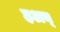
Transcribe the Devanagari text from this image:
हअय्